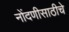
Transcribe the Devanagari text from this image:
नोंदणीसाठीचे